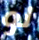
لو